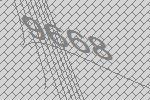
9668